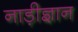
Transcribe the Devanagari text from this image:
नाड़ीज्ञान